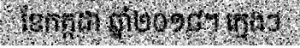
ខែកក្កដា ឆ្នាំ២០១៨។ ក្មេងៗ